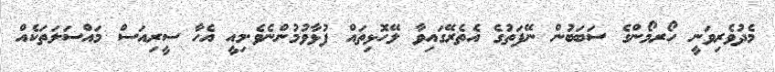
މެދުވެރިވަނީ ހޯރމޯންގެ ސަބަބުން ނޭފަތުގެ އެތެރޭގައިވާ ލޭހޮޅިތައް ފުޅާވުމުންނެވެ.މިއީ އެހާ ސީރިއަސް މައްސަލަތަކެއް